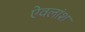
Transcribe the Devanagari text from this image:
ऐवलांश